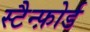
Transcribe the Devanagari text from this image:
स्टैन्फ़ोर्ड